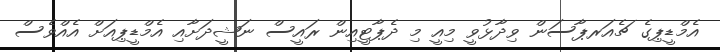
އެމްޑީޕިގެ ޗެއަރޕާސަން ވިދާޅުވީ މިއީ މި ދެޕާޓީއިން ރައީސް ނަޝީދަށާއި އެމްޑީޕިއަށް އެއްވެސް